Annual vaccination report of Bihar and Orissa - 1911-1928
Year: 1911
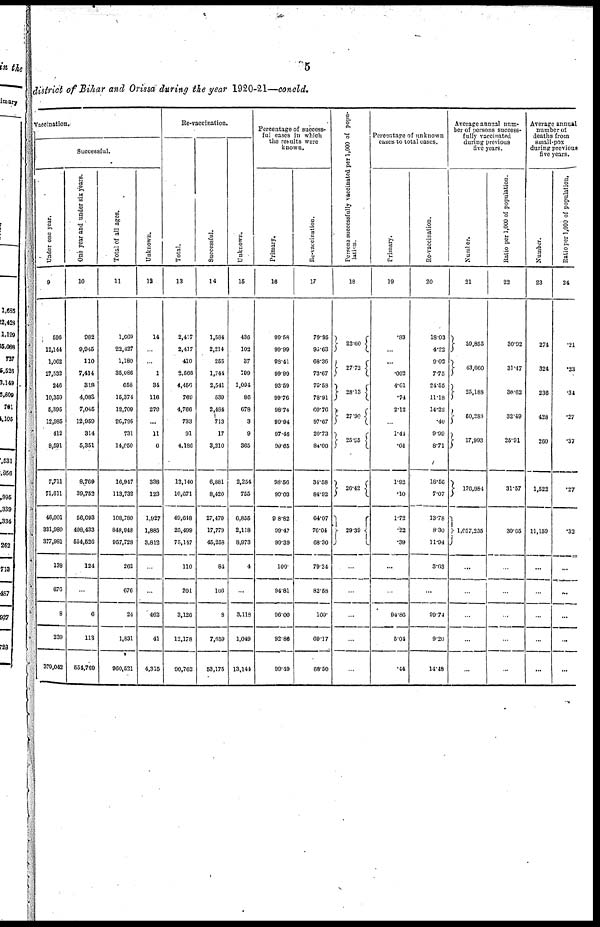
5
district of Bihar and Orissa during the year 1920-21—concld.
Vaccination.
Successful.
Under one year.
9
596
12,144
1,062
27,532
246
10,359
5,395
12,985
412
8,591
7,711
71,611
46,001
331,980
377,981
138
676
8
239
379,042
One year and under six years.
10
982
9,045
110
7,414
318
4,083
7,045
12,959
314
5,351
8,769
39,752
56,093
498,433
554,526
124
...
6
113
554,769
Total of all ages.
11
1,669
22,427
1,180
35,086
658
15,374
12,709
26,795
731
14,050
16,947
113,732
108,780
848,948
957,728
262
676
24
1,831
960,521
Unknown.
12
14
...
...
1
34
116
279
...
11
6
338
123
1,927
1,885
3,812
...
...
462
41
4,315
Re-vaccination.
Total.
13
2,417
2,417
410
2,566
4,456
769
4,766
733
91
4,186
12,140
10,671
49,648
25,499
75,147
110
201
3,126
12,178
90,762
Successful.
14
1,584
2,214
255
1,744
2,541
539
2,484
713
17
3,210
6,881
8,420
27,479
17,779
45,258
84
166
8
7,659
53,175
Unknown.
15
436
102
37
199
1,094
86
678
3
9
365
2,254
755
6,855
2,118
8,973
4
...
3,118
1,049
13,144
Percentage of success-
ful cases in which
the results were
known.
Primary.
16
99.58
90.99
98.41
99.99
93.59
99.76
98.74
99.94
97.46
99.65
98.56
99.03
98.82
99.47
99.39
100.
94.81
96.00
92.86
99.49
Re-vaccination.
17
79.95
95.63
68.36
73.67
75.58
78.91
60.76
97.67
20.73
84.00
34.58
84.92
64.07
76.04
68.30
79.24
82.58
100.
69.17
68.50
Persons successfully vaccinated per 1,000 of popu-
lation.
18
22.60
27.72
28.13
27.90
25.95
26.42
29.39
...
...
...
...
...
Percentage of unknown
cases to total cases.
Primary.
19
.83
...
...
.002
4.61
.74
2.12
...
1.44
.04
1.92
.10
1.72
.22
.39
...
...
94.86
5.04
.44
Re-vaccination.
20
18.03
4.22
9.02
7.75
24.55
11.18
14.22
.40
9.99
8.71
18.56
7.07
13.78
8.30
11.94
3.63
...
99.74
9.20
14.48
Average annual num-
ber of persons success-
fully vaccinated
during previous
five years.
Number.
21
39,855
43,660
25,188
50,288
17,993
176,984
1,057,235
...
...
...
...
...
Ratio per 1,000 of population.
22
30.92
31.47
36.62
32.49
25.91
31.57
30.65
...
...
...
...
...
Average annual
number of
deaths from
small-pox
during previous
five years.
Number.
23
274
324
236
428
260
1,522
11,159
...
...
...
...
...
Ratio per 1,000 of population.
24
.21
.23
.34
.27
.37
.27
.32
...
...
...
...
...